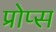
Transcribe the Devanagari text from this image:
प्रोप्स